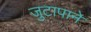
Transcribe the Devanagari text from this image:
जुटापाने